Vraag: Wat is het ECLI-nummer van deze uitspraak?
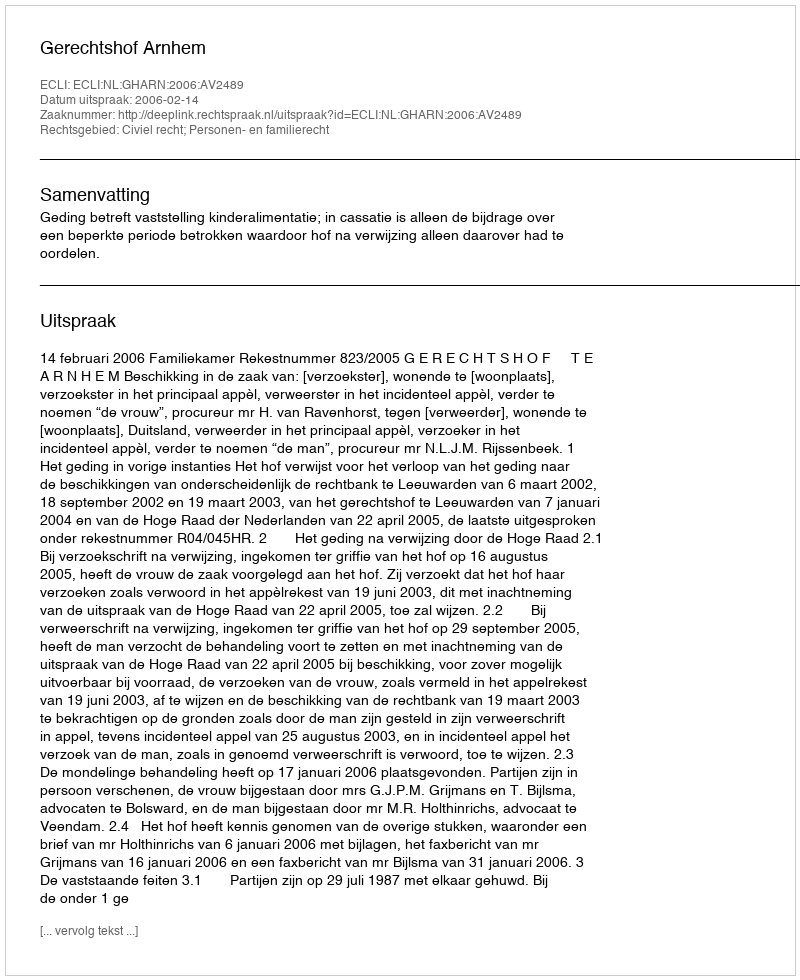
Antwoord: ECLI:NL:GHARN:2006:AV2489